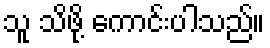
သူ သိဖို့ ကောင်းပါသည်။